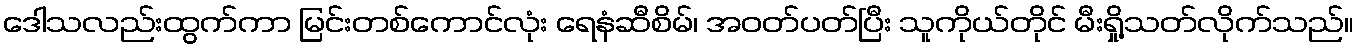
ဒေါသလည်းထွက်ကာ မြင်းတစ်ကောင်လုံး ရေနံဆီစိမ်၊ အဝတ်ပတ်ပြီး သူကိုယ်တိုင် မီးရှို့သတ်လိုက်သည်။